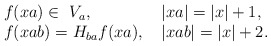
\begin{align*}\begin{array}{ll}f(xa)\in\ V_a,&\; |xa|=|x|+1,\\f(xab)=H_{ba}f(xa),& \;|xab|=|x|+2.\end{array}\end{align*}